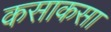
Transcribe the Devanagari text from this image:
कसाकसा